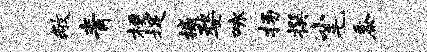
敝青梗捉撼婺咏扬撰小毛黍